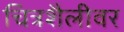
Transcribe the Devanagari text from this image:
चित्रशैलीवर